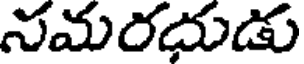
నమరదుడు